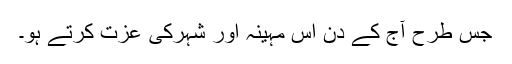
جس طرح آج کے دن اس مہینہ اور شہرکی عزت کرتے ہو۔